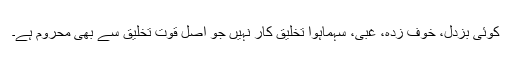
کوئی بزدل، خوف زدہ، غبی، سہماہوا تخلیق کار نہیں جو اصل قوت تخلیق سے بھی محروم ہے۔